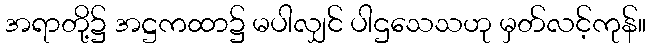
အရာတို့၌ အဋ္ဌကထာ၌ မပါလျှင် ပါဌသေသဟု မှတ်လင့်ကုန်။